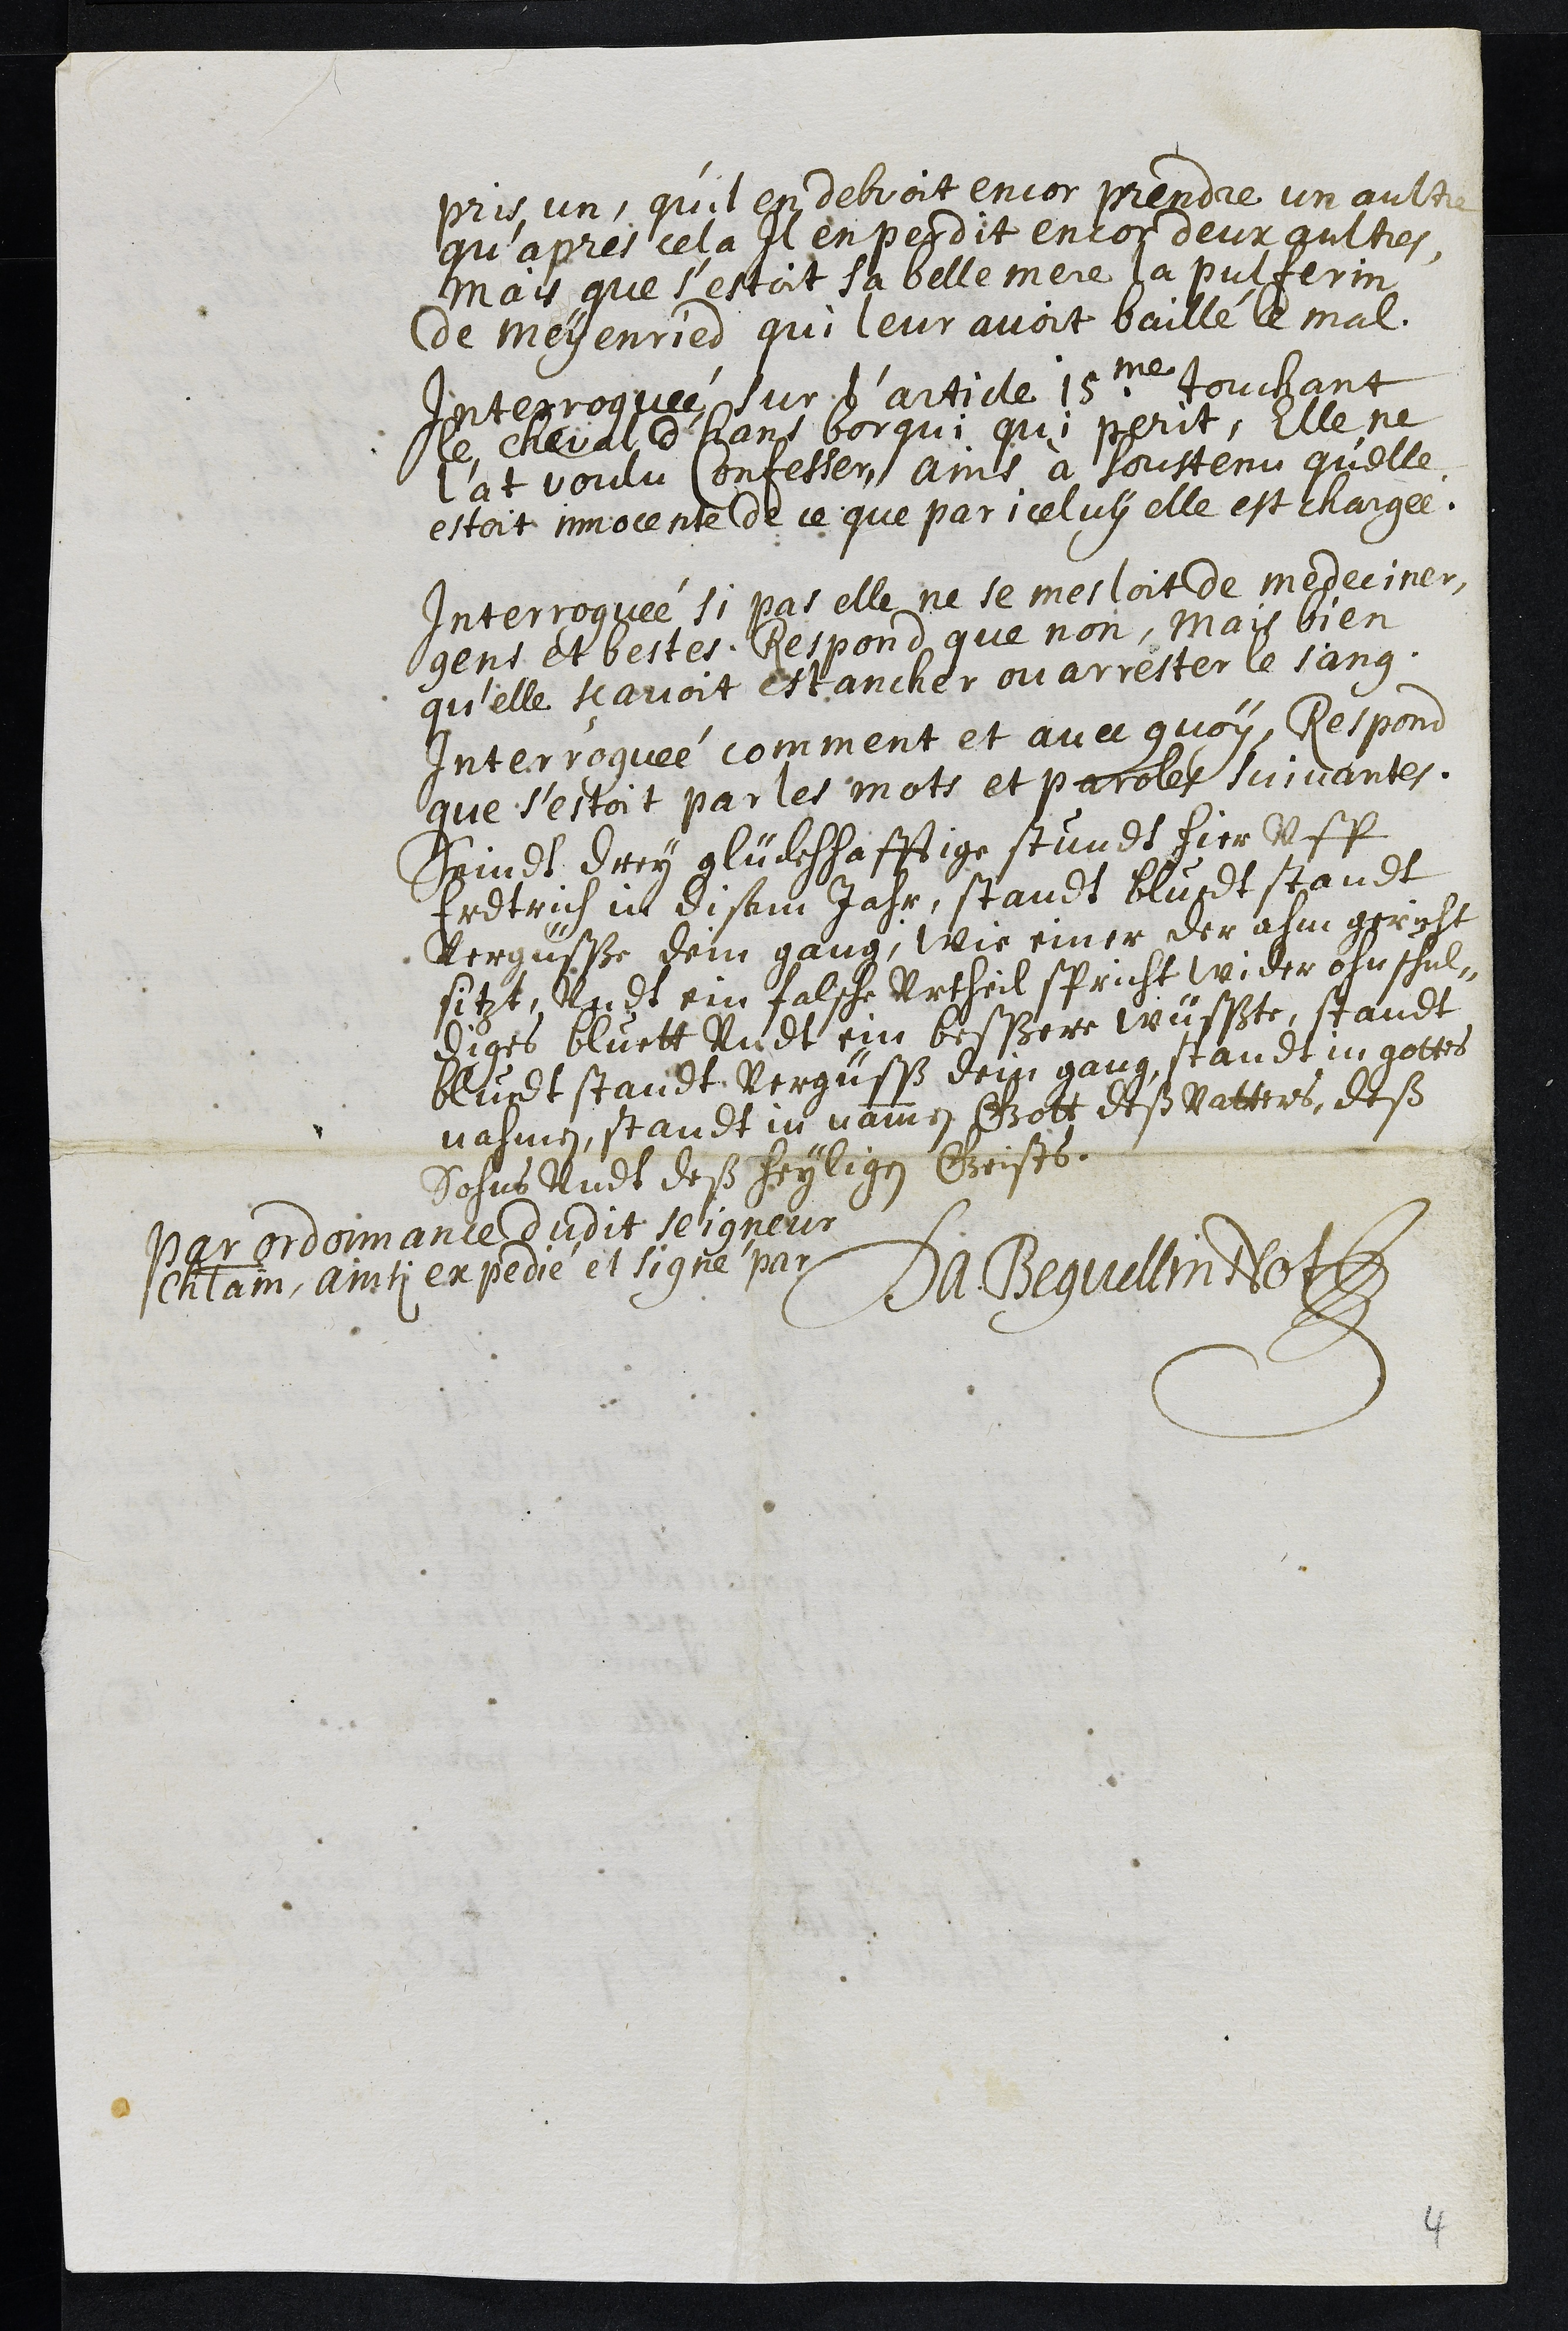
pris un, qu’il en debvoit encor prendre un aultre
qu'apres cela il en perdit encor deux aultres,
mais que s’estoit sa belle mere la pulferin
de Meyenried qui leur avoit baillé le mal.
Interrogué sur l'article 15me touchant
le cheval d'hans borqui qui perit, Elle ne
l'at voulu Confesser, ains à soustenu qu'elle
estoit innocente de ce que par iceluy elle est chargée.
Interroguée si pas elle ne se mesloit de medeciner
gens et bestes, Respond que non, mais bien
qu'elle scavoit estancher ou arrester le sang.
Interroguée comment et avec quoy, Respond
que s’estoit par les mots et paroles suivantes.
Seindt drey glückshafftige stundt hier vff
Erdtrich in disem Jahr, standt bluedt standt
Vergüße dein gang, Wie einer der ahm gericht
sitzt, vnd ein falsche Vrtheil spricht wider ohnschul¬
diges bluett vnd ein beßere wüßte, standt
bluedt standt vergüß dein gang, standt in gottes
nahmen, standt in nammen Gott deß Vatters, deß
Sohns vndt deß heyligen Geists.
Par ordonnance dudit Seigneur
chatelain, ainsi expedié et signé par
Da. Beguellin  Not
4